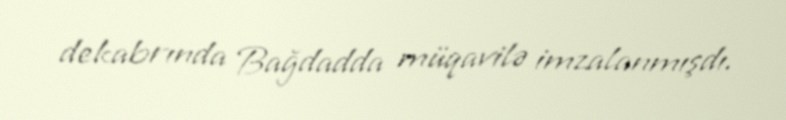
dekabrında Bağdadda müqavilə imzalanmışdı.